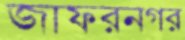
জাফরনগর